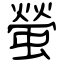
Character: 螢